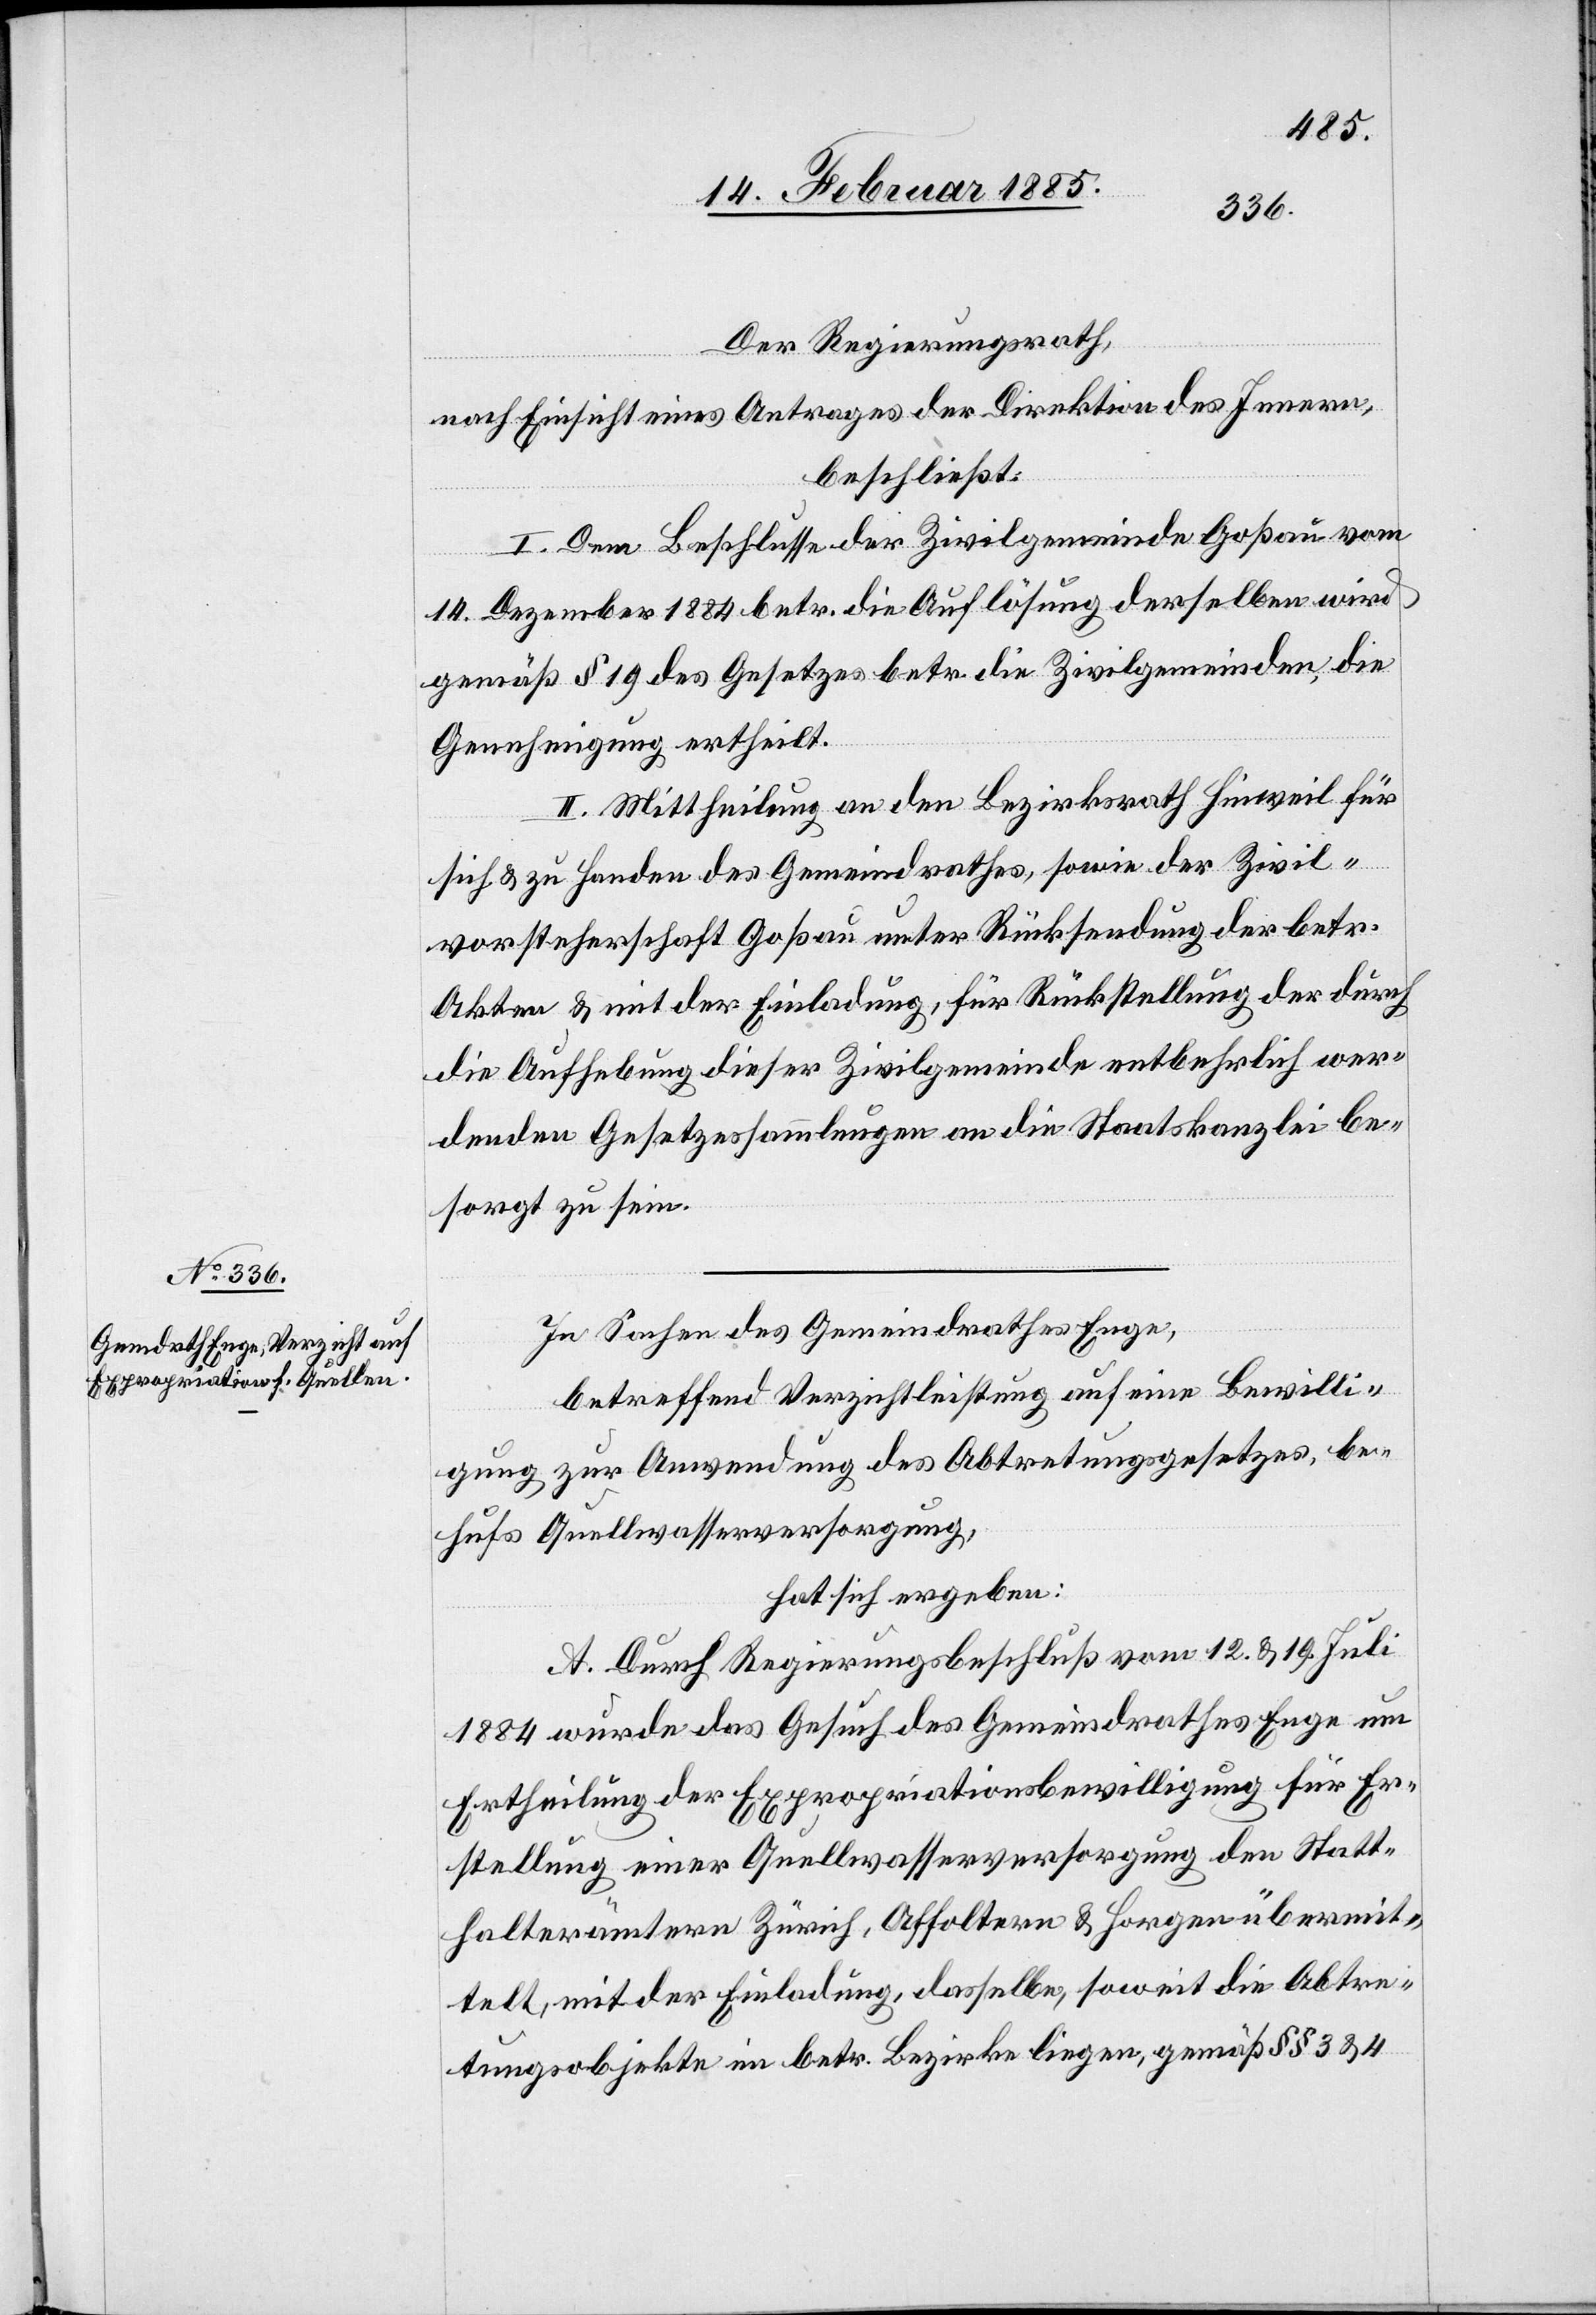
Der Regierungsrath,
nach Einsicht eines Antrages der Direktion des Innern,
beschließt:
I. Dem Beschlusse der Zivilgemeinde Goßau vom
14. Dezember 1884 betr. die Auflösung derselben wird
gemäß § 19 des Gesetzes betr. die Zivilgemeinden, die
Genehmigung ertheilt.
II. Mittheilung an den Bezirksrath Hinweil für
sich & zu Handen des Gemeindrathes, sowie der Zivil¬
vorsteherschaft Goßau unter Rücksendung der betr.
Akten & mit der Einladung, für Rückstellung der durch
die Aufhebung dieser Zivilgemeinde entbehrlich wer¬
denden Gesetzessammlungen an die Staatskanzlei be¬
sorgt zu sein.
In Sachen des Gemeindrathes Enge,
betreffend Verzichtleistung auf eine Bewilli¬
gung zur Anwendung des Abtretungsgesetzes, be¬
hufs Quellwasserversorgung,
hat sich ergeben:
A. Durch Regierungsbeschluß vom 12. & 19. Juli
1884 wurde das Gesuch des Gemeindrathes Enge um
Ertheilung der Expropriationsbewilligung für Er¬
stellung einer Quellwasserversorgung den Statt¬
halterämtern Zürich, Affoltern & Horgen übermit¬
telt, mit der Einladung, dasselbe, soweit die Abtre¬
tungsobjekte im betr. Bezirke liegen, gemäß §§ 3 & 4